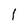
Character: l